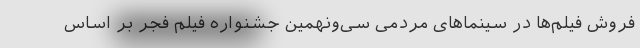
فروش فیلم‌ها در سینماهای مردمی سی‌ونهمین جشنواره فیلم فجر بر اساس